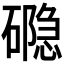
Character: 𮁉